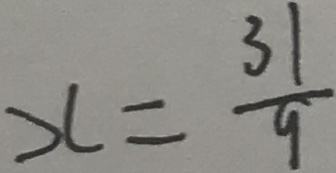
x = \frac { 3 1 } { 9 }